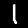
Label: 1